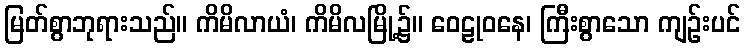
မြတ်စွာဘုရားသည်။ ကိမိလာယံ၊ ကိမိလမြို့၌။ ဝေဠုဝနေ၊ ကြီးစွာသော ကျဉ်းပင်